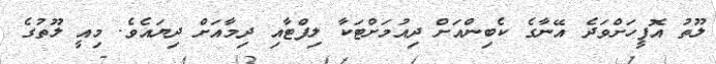
ލޫތު އޮފީހަށްވަދެ އޭނާގެ ކެބިންއަށް ދިއުމަށްޓަކާ ލިފްޓާއި ދިމާއަށް ދިޔައެވެ. މިއީ ލޫތުގެ